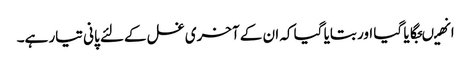
انھیںجگایا گیا اور بتایا گیا کہ ان کے آخری غسل کےلئے پانی تیار ہے۔